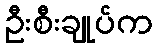
ဦးစီးချုပ်က